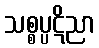
သစ္စပ္ပဋိညာ